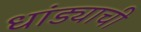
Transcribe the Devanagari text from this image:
धांड्याची